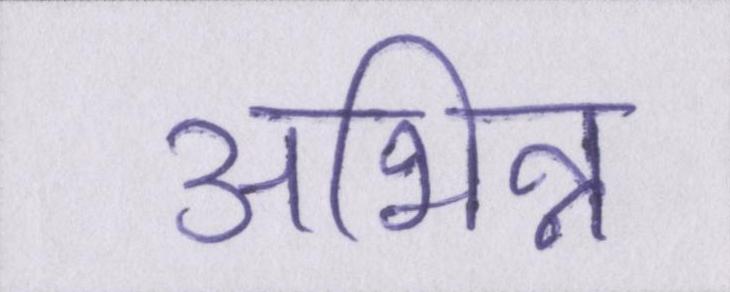
अभिन्न